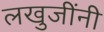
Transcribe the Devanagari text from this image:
लखुजींनी